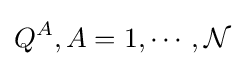
Q^{A},A=1,\cdots ,{\mathcal {N}}